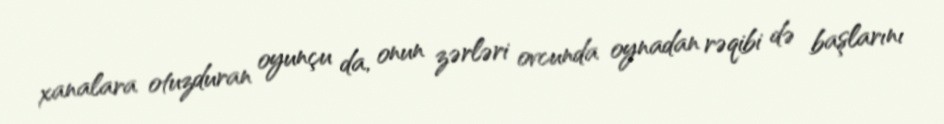
xanalara otuzduran oyunçu da, onun zərləri ovcunda oynadan rəqibi də başlarını